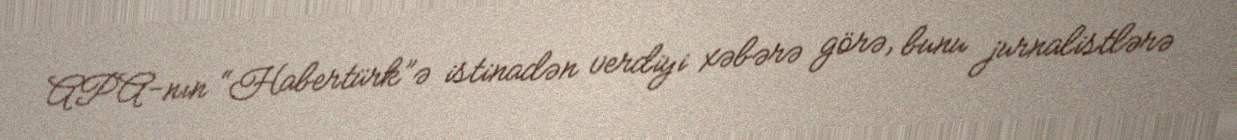
APA-nın “Habertürk”ə istinadən verdiyi xəbərə görə, bunu jurnalistlərə